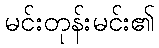
မင်းတုန်းမင်း၏